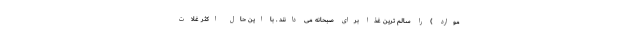
موارد ) را سالم ترین غذا برای صبحانه می دانند . با این حال اکثر غلات